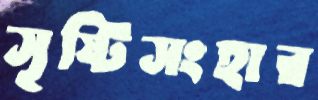
সৃষ্টিসংহার